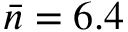
\bar { n } = 6 . 4